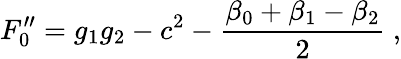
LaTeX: F_{0}^{\prime\prime}=g_{1}g_{2}-c^{2}-\frac{\beta_{0}+\beta_{1}-\beta_{2}}{2}~,